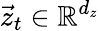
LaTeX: \vec{z}_{t}\in\mathbb{R}^{d_{z}}